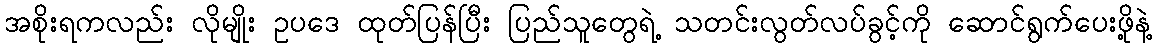
အစိုးရကလည်း လိုမျိုး ဥပဒေ ထုတ်ပြန်ပြီး ပြည်သူတွေရဲ့ သတင်းလွတ်လပ်ခွင့်ကို ဆောင်ရွက်ပေးဖို့နဲ့